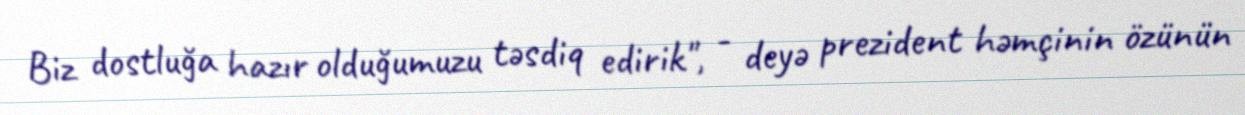
Biz dostluğa hazır olduğumuzu təsdiq edirik", - deyə prezident həmçinin özünün